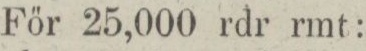
För 25,000 rdr rmt: